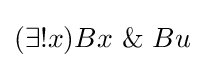
(\exists !x)Bx~\&~Bu